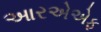
આરએએફ